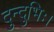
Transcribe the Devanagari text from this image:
दुन्दुभिः।